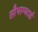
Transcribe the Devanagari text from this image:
सौभाग्यदाई